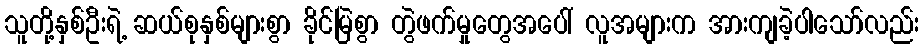
သူတို့နှစ်ဦးရဲ့ ဆယ်စုနှစ်များစွာ ခိုင်မြဲစွာ တွဲဖက်မှုတွေအပေါ် လူအများက အားကျခဲ့ပါသော်လည်း